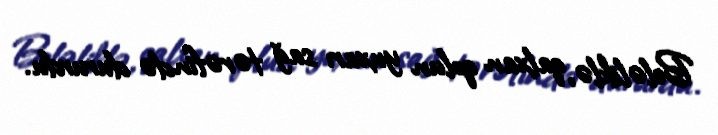
Beləliklə, qalxan qolun yuxarı sağ tərəfində dururdu.